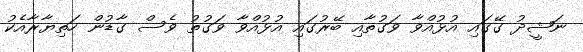
ނަޝީދު ގޭގައި އުޅުއްވާ ވަގުތާއި ބޭރުގައި އުޅުއްވާ ވަގުތު ވެސް ގާޑުން ހަތިޔާރާއެކު